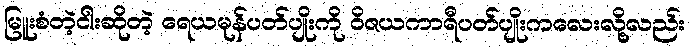
မြူးစံတဲ့ငါးဆိုတဲ့ ရေယမုန်ပတ်ပျိုးကို ဝိဇယကာရီပတ်ပျိုးကလေးလို့လည်း